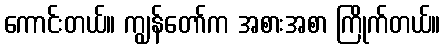
ကောင်းတယ်။ ကျွန်တော်က အစားအစာ ကြိုက်တယ်။